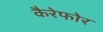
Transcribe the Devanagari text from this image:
कैरेफोर